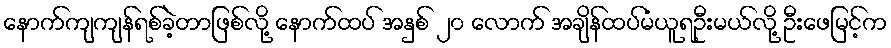
နောက်ကျကျန်ရစ်ခဲ့တာဖြစ်လို့ နောက်ထပ် အနှစ် ၂၀ လောက် အချိန်ထပ်မံယူရဦးမယ်လို့ ဦးဖေမြင့်က